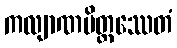
ကလျာဏမိတ္တဿေတံ